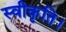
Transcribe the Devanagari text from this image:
स्वीकृति।